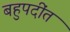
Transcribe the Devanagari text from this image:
बहुपदींत